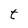
Character: t